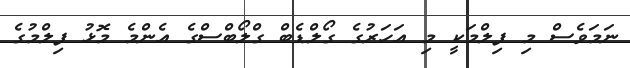
ނަމަވެސް މި ފިލްމަކީ މި އަހަރުގެ ގޯލްޑެބް ގްލޯބްސްގެ އެންމެ މޮޅު ފިލްމުގެ